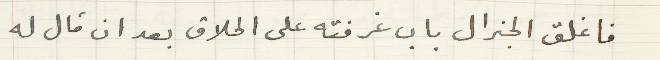
فاغلق الجنرال باب غرفته على الحلاق بعد ان قال له